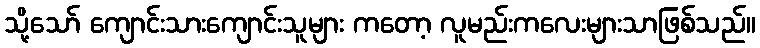
သို့သော် ကျောင်းသားကျောင်းသူများ ကတော့ လူမည်းကလေးများသာဖြစ်သည်။